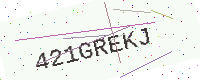
Text: 421GREKJ